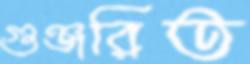
গুঞ্জরিত